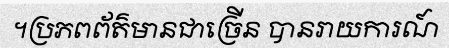
។ប្រភពព័ត៌មានជាច្រើន បានរាយការណ៍